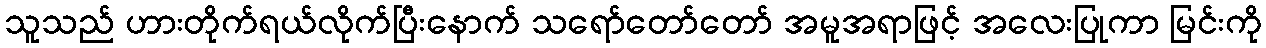
သူသည် ဟားတိုက်ရယ်လိုက်ပြီးနောက် သရော်တော်တော် အမူအရာဖြင့် အလေးပြုကာ မြင်းကို